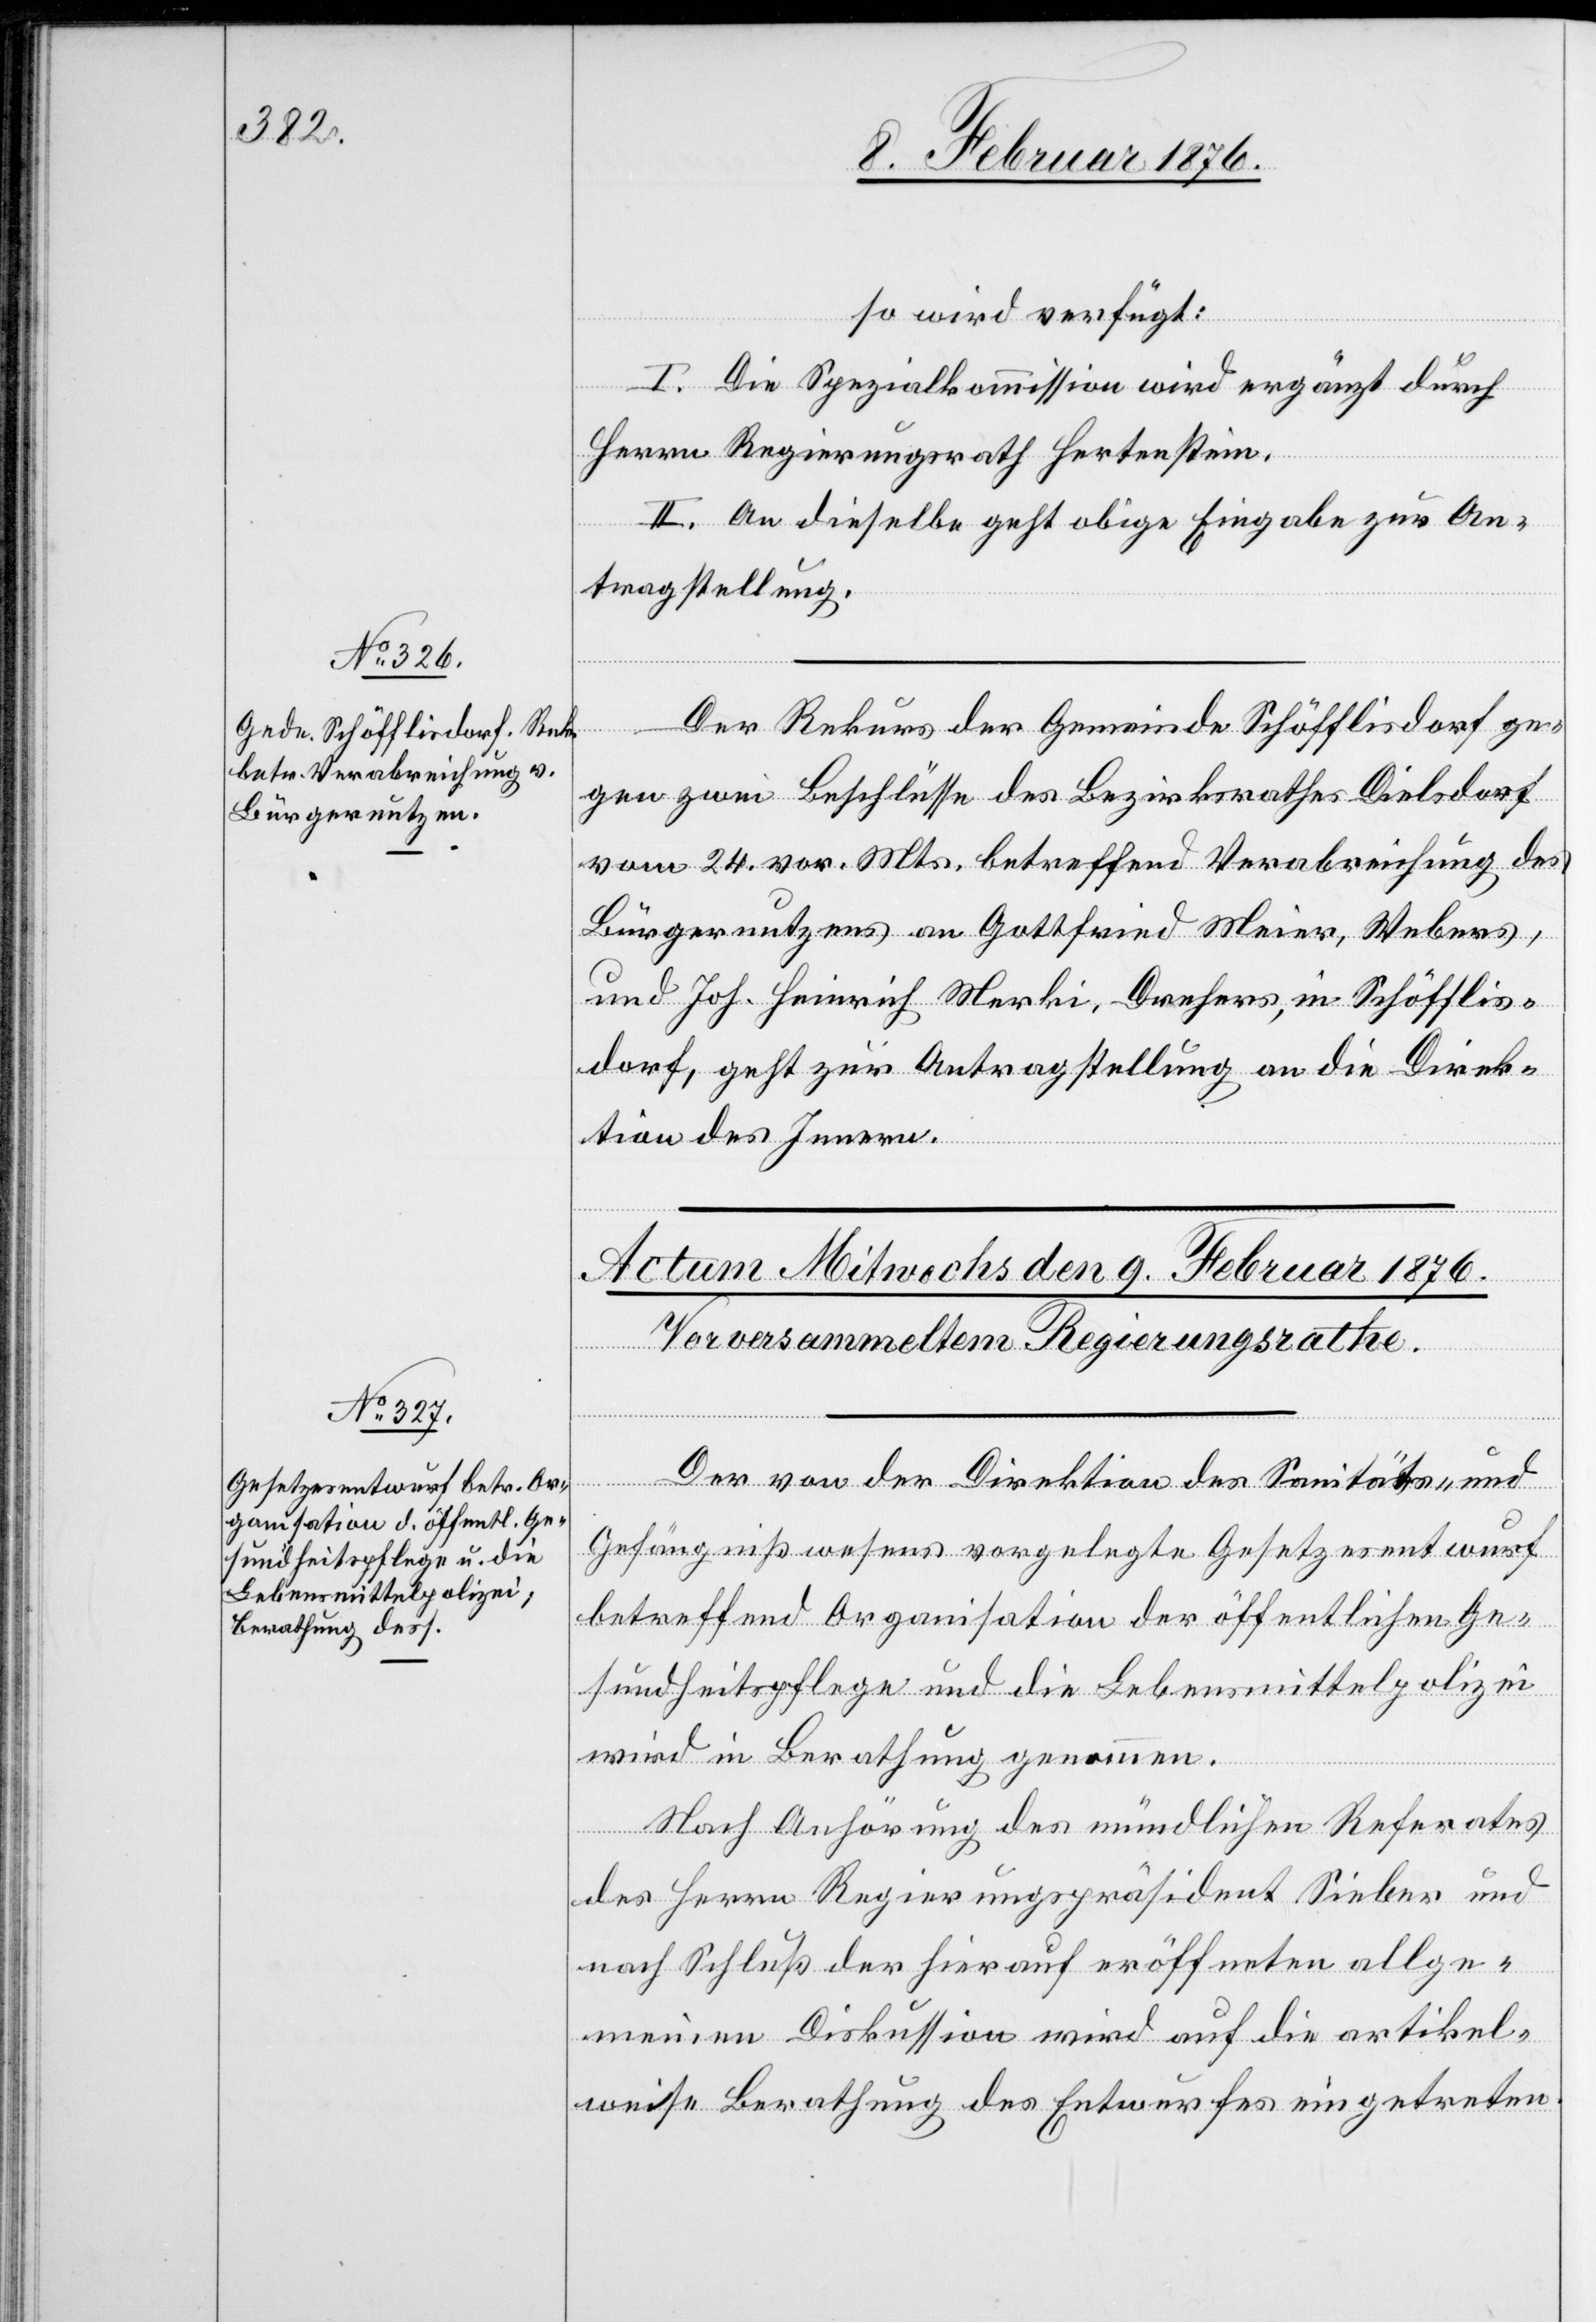
so wird verfügt:
I. Die Spezialkommission wird ergänzt durch
Herrn Regierungsrath Hertenstein.
die
II. An dieselbe geht obige Eingabe zur An¬
tragstellung.
Der Rekurs der Gemeinde Schöfflisdorf ge¬
gen zwei Beschlüsse des Bezirksrathes Dielsdorf
vom 24. vor. Mts. betreffend Verabreichung des
Bürgernutzens an Gottfried Meier, Webers,
und Joh. Heinrich Merki, Drehers, in Schöfflis¬
dorf, geht zur Antragstellung an die Direk¬
tion des Innern.
kel¬
Der von der Direktion des Sanitäts- und
Gefängnißwesens vorgelegte Gesetzesentwurf
betreffend Organisation der öffentlichen Ge¬
sundheitspflege und die Lebensmittelpolizei
wird in Berathung genommen.
Nach Anhörung des mündlichen Referates
des Herrn Regierungspräsident Sieber und
nach Schluß der hierauf eröffneten Dis¬
weise Berathung des Entwurfes eingetreten.